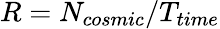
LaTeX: R=N_{cosmic}/T_{time}